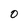
Character: 0